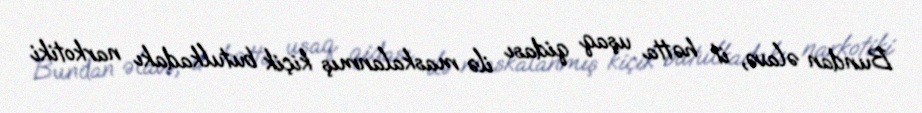
Bundan əlavə, it hətta uşaq qidası ilə maskalanmış kiçik butulkadakı narkotiki